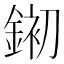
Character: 𮷱